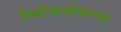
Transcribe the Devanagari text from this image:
मिमियोग्राफ